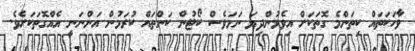
ވާހަކަތައް ކިތަންމެ ގޮތަކަށް އިވެމުންދިޔަ ނަމަވެސް ކޯޓުން ކަންތައް ކުރަމުން އަންނަނީ އެއްގޮތަކަށެވެ.